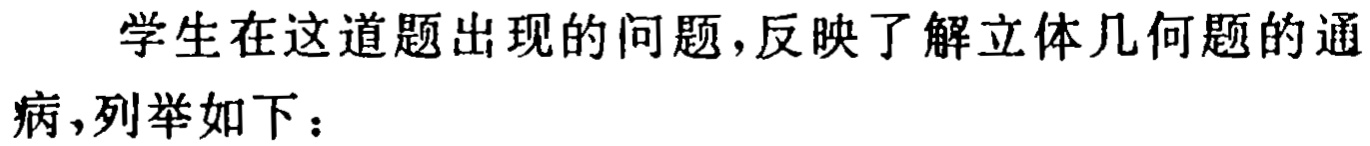
学生在这道题出现的问题,反映了解立体几何题的通病,列举如下：